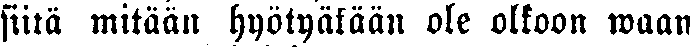
siitä mitään hyötyäkään ole olkoon waan